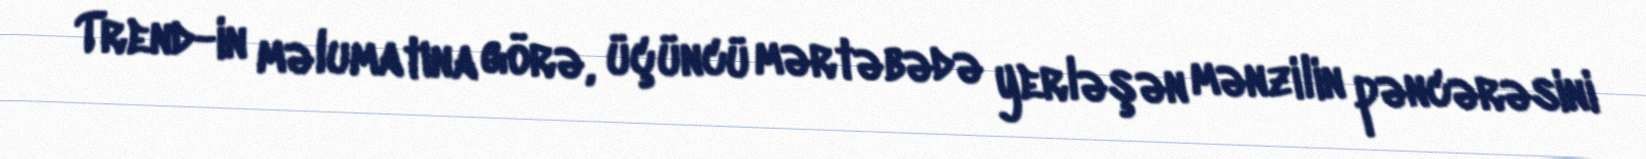
Trend-in məlumatına görə, üçüncü mərtəbədə yerləşən mənzilin pəncərəsini